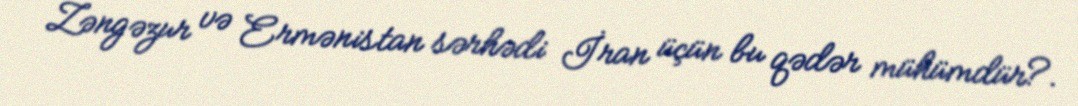
Zəngəzur və Ermənistan sərhədi İran üçün bu qədər mühümdür?.